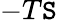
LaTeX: -T\mathtt{S}